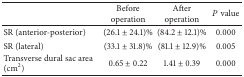
<table><thead><tr><td><b> </b></td><td><b>Before operation</b></td><td><b>After operation</b></td><td><b><i>P</i>value</b></td></tr></thead><tbody><tr><td>SR (anterior-posterior)</td><td>(26.1 ± 24.1)%</td><td>(84.2 ± 12.1)%</td><td>0.000</td></tr><tr><td>SR (lateral)</td><td>(33.1 ± 31.8)%</td><td>(81.1 ± 12.9)%</td><td>0.005</td></tr><tr><td>Transverse dural sac area (cm<sup>2</sup>)</td><td>0.65 ± 0.22</td><td>1.41 ± 0.39</td><td>0.000</td></tr></tbody></table>